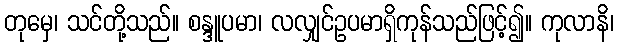
တုမှေ၊ သင်တို့သည်။ စန္ဒူပမာ၊ လလျှင်ဥပမာရှိကုန်သည်ဖြင့်၍။ ကုလာနိ၊